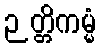
ဉတ္တိကမ္မံ